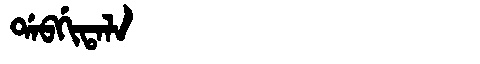
Manchu: ᡩᠠᠪᡤᡳᡨᠠᠯᠠ
Romanization: DABGITALA